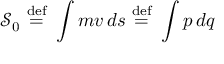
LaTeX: { \mathcal { S } } _ { 0 } \ { \stackrel { \mathrm { d e f } } { = } } \ \int m v \, d s \ { \stackrel { \mathrm { d e f } } { = } } \ \int p \, d q